Indian journal of veterinary science and animal husbandry - Volume 2,
Year: 1932
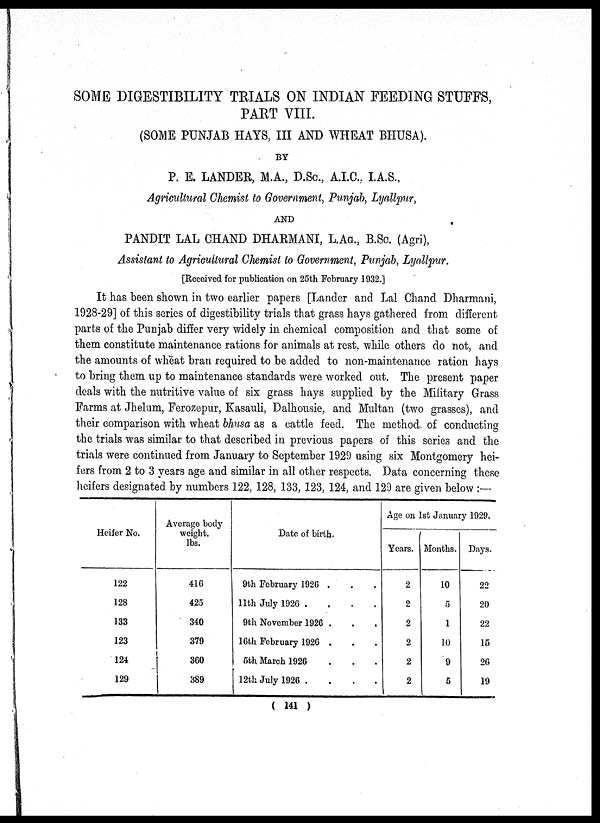
SOME DIGESTIBILITY TRIALS ON INDIAN FEEDING STUFFS,
PART VIII.
(SOME PUNJAB HAYS, III AND WHEAT BHUSA).
BY
P. E. LANDER, M.A., D.Sc., A.I.C., I.A.S.,
Agricultural Chemist to Government, Punjab, Lyallpur,
AND
PANDIT LAL CHAND DHARMANI, L.AG., B.Sc. (Agri),
Assistant to Agricultural Chemist to Government, Punjab, Lyallpur.
[Received for publication on 25th February 1932.]
It has been shown in two earlier papers [Lander and Lal Chand Dharmani,
1928-29] of this series of digestibility trials that grass hays gathered from different
parts of the Punjab differ very widely in chemical composition and that some of
them constitute maintenance rations for animals at rest, while others do not, and
the amounts of wheat bran required to be added to non-maintenance ration hays
to bring them up to maintenance standards were worked out. The present paper
deals with the nutritive value of six grass hays supplied by the Military Grass
Farms at Jhelum, Ferozepur, Kasauli, Dalhousie, and Multan (two grasses), and
their comparison with wheat bhusa as a cattle feed. The method of conducting
the trials was similar to that described in previous papers of this series and the
trials were continued from January to September 1929 using six Montgomery hei-
fers from 2 to 3 years age and similar in all other respects. Data concerning these
heifers designated by numbers 122, 128, 133, 123, 124, and 129 are given below :—
Heifer No.
122
128
133
123
124
129
Average body
weight.
lbs.
416
425
340
379
360
389
Date of birth.
9th February 1926 . . .
11th July 1926
.
.
.
.
9th November 1926 . . .
16th February 1926 . . .
5th March 1926 . . .
12th July 1926
.
.
.
.
Age on 1st January 1929.
Years.
2
2
2
2
2
2
Months.
10
5
1
10
9
5
Days.
22
20
22
15
26
19
( 141 )